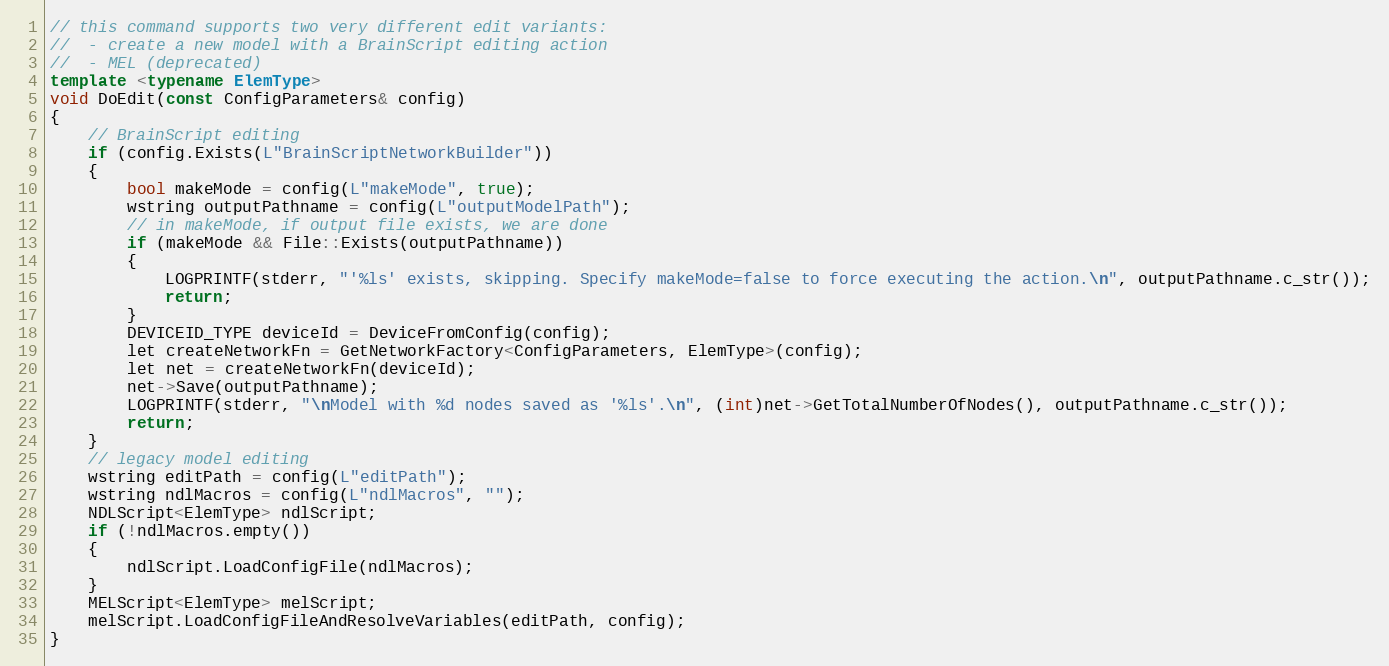
Language: C++
// this command supports two very different edit variants:
//  - create a new model with a BrainScript editing action
//  - MEL (deprecated)
template <typename ElemType>
void DoEdit(const ConfigParameters& config)
{
    // BrainScript editing
    if (config.Exists(L"BrainScriptNetworkBuilder"))
    {
        bool makeMode = config(L"makeMode", true);
        wstring outputPathname = config(L"outputModelPath");
        // in makeMode, if output file exists, we are done
        if (makeMode && File::Exists(outputPathname))
        {
            LOGPRINTF(stderr, "'%ls' exists, skipping. Specify makeMode=false to force executing the action.\n", outputPathname.c_str());
            return;
        }
        DEVICEID_TYPE deviceId = DeviceFromConfig(config);
        let createNetworkFn = GetNetworkFactory<ConfigParameters, ElemType>(config);
        let net = createNetworkFn(deviceId);
        net->Save(outputPathname);
        LOGPRINTF(stderr, "\nModel with %d nodes saved as '%ls'.\n", (int)net->GetTotalNumberOfNodes(), outputPathname.c_str());
        return;
    }
    // legacy model editing
    wstring editPath = config(L"editPath");
    wstring ndlMacros = config(L"ndlMacros", "");
    NDLScript<ElemType> ndlScript;
    if (!ndlMacros.empty())
    {
        ndlScript.LoadConfigFile(ndlMacros);
    }
    MELScript<ElemType> melScript;
    melScript.LoadConfigFileAndResolveVariables(editPath, config);
}